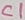
Text: C1